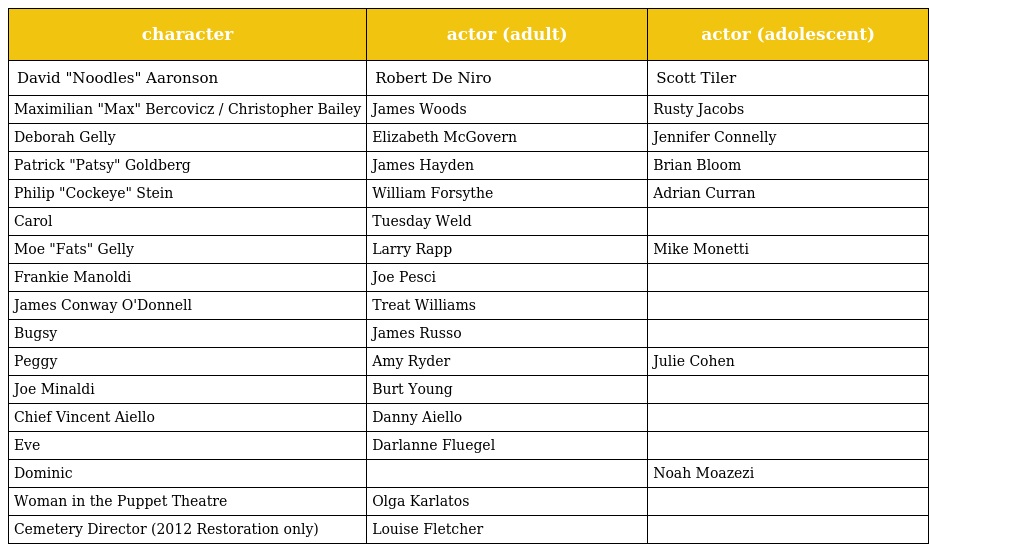
| character | actor (adult) | actor (adolescent) |
 | --- | --- | --- |
 | David "Noodles" Aaronson | Robert De Niro | Scott Tiler |
 | Maximilian "Max" Bercovicz / Christopher Bailey | James Woods | Rusty Jacobs |
 | Deborah Gelly | Elizabeth McGovern | Jennifer Connelly |
 | Patrick "Patsy" Goldberg | James Hayden | Brian Bloom |
 | Philip "Cockeye" Stein | William Forsythe | Adrian Curran |
 | Carol | Tuesday Weld |  |
 | Moe "Fats" Gelly | Larry Rapp | Mike Monetti |
 | Frankie Manoldi | Joe Pesci |  |
 | James Conway O'Donnell | Treat Williams |  |
 | Bugsy | James Russo |  |
 | Peggy | Amy Ryder | Julie Cohen |
 | Joe Minaldi | Burt Young |  |
 | Chief Vincent Aiello | Danny Aiello |  |
 | Eve | Darlanne Fluegel |  |
 | Dominic |  | Noah Moazezi |
 | Woman in the Puppet Theatre | Olga Karlatos |  |
 | Cemetery Director (2012 Restoration only) | Louise Fletcher |  |